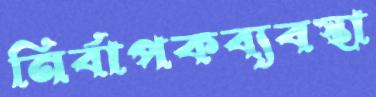
নির্বাপকব্যবস্থা